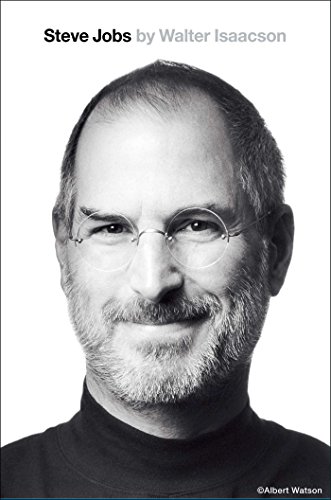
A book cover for Steve Jobs; Walter Isaacson; Computers & Technology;